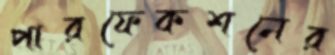
পারফেকশনের